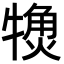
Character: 𬌨